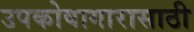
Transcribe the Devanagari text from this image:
उपकोषागारासाठी